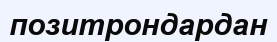
позитрондардан